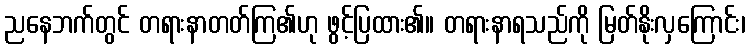
ညနေဘက်တွင် တရားနာတတ်ကြ၏ဟု ဖွင့်ပြထား၏။ တရားနာရသည်ကို မြတ်နိုးလှကြောင်း၊